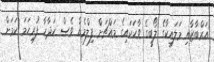
އަރްބާޒާއި މަލައިކާގެ ލޯބީގެ ވާހަކައިގެ މައްޗަށް ފިލްމެއް ވެސް ހަދާހާ ފުރިހަމަ ކަމަށް